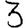
Digit: 3